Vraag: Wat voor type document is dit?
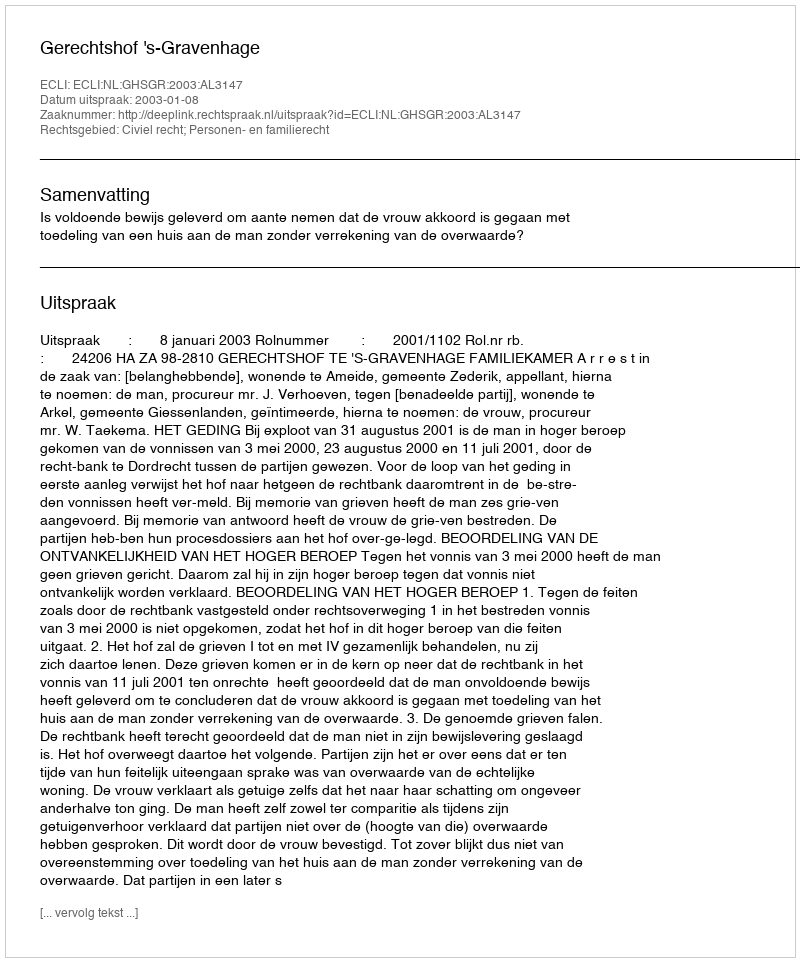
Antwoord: Uitspraak